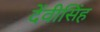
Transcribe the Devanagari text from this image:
देंवीसिंह